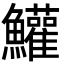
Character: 鱹